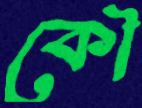
কৌ